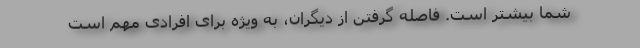
شما بیشتر است. فاصله گرفتن از دیگران، به ویژه برای افرادی مهم است